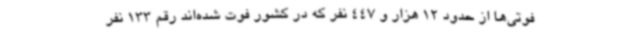
فوتی‌ها از حدود 12 هزار و 447 نفر که در کشور فوت شده‌اند رقم 133 نفر